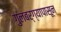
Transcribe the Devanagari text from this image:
गुलबर्ग्यापासून